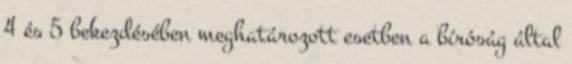
4 és 5 bekezdésében meghatározott esetben a bíróság által